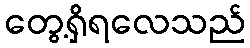
တွေ့ရှိရလေသည်